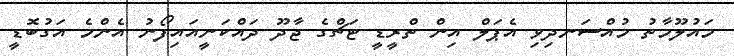
މައުލޫމާތު މުއްސަނދިވި އެޕަލް އިން ތްރީޑީ ޓަޗްގެ ޖާދޫ ދައްކަނީއައިފޯނު އެންމެ އަގުބޮޑީ